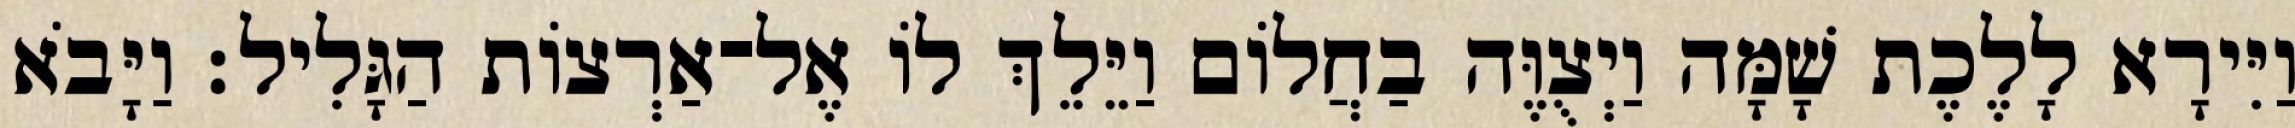
וַיִּירָא לָלֶכֶת שָׁמָּה וַיְצֻוֶּה בַחֲלוֹם וַיֵּלֵךְ לוֹ אֶל־אַרְצוֹת הַגָּלִיל׃ וַיָּבֹא